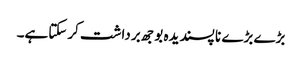
بڑے بڑے نا پسندیدہ بوجھ برداشت کرسکتاہے۔